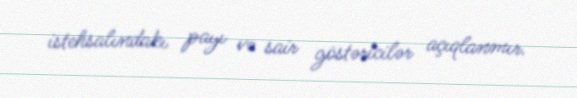
istehsalındakı payı və sair göstəricilər açıqlanmır.